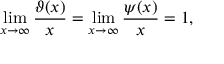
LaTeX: \operatorname* { l i m } _ { x \to \infty } { \frac { \vartheta ( x ) } { x } } = \operatorname* { l i m } _ { x \to \infty } { \frac { \psi ( x ) } { x } } = 1 ,